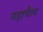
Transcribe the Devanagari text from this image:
महाचैत्य